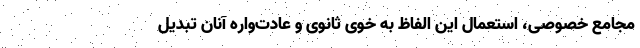
مجامع خصوصی، استعمال این الفاظ به خوی ثانوی و عادت‌واره آنان تبدیل